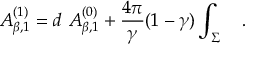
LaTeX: A _ { \beta , 1 } ^ { ( 1 ) } = d ~ A _ { \beta , 1 } ^ { ( 0 ) } + { \frac { 4 \pi } { \gamma } } ( 1 - \gamma ) \int _ { \Sigma } ~ ~ ~ .